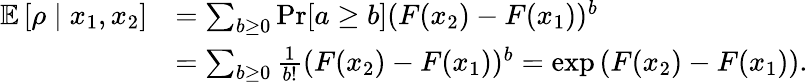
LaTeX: \begin{array}{rl}{\mathbb{E}\left[\rho\mid x_{1},x_{2}\right]}&{=\sum_{b\ge 0}\operatorname*{Pr}[a\ge b](F(x_{2})-F(x_{1}))^{b}}\\ &{=\sum_{b\ge 0}\frac{1}{b!}(F(x_{2})-F(x_{1}))^{b}=\exp\left(F(x_{2})-F(x_{1})\right).}\end{array}